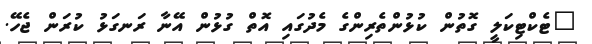
"ޓެކްޓިކަލީ ގޮތުން ކުޅުންތެރިންގެ މެދުގައި އޮތް ގުޅުން އޭނާ ރަނގަޅު ކުރަން ޖެހޭ.